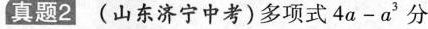
真题2 (山东济宁中考)多项式$$4 a - a ^ { 3 }$$分